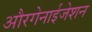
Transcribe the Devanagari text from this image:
औरगेनाईजेशन